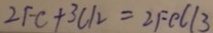
2 F C + 3 C l 2 = 2 F e C l 3